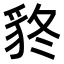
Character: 𧲴